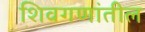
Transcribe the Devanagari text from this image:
शिवगणांतील